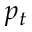
p _ { t }